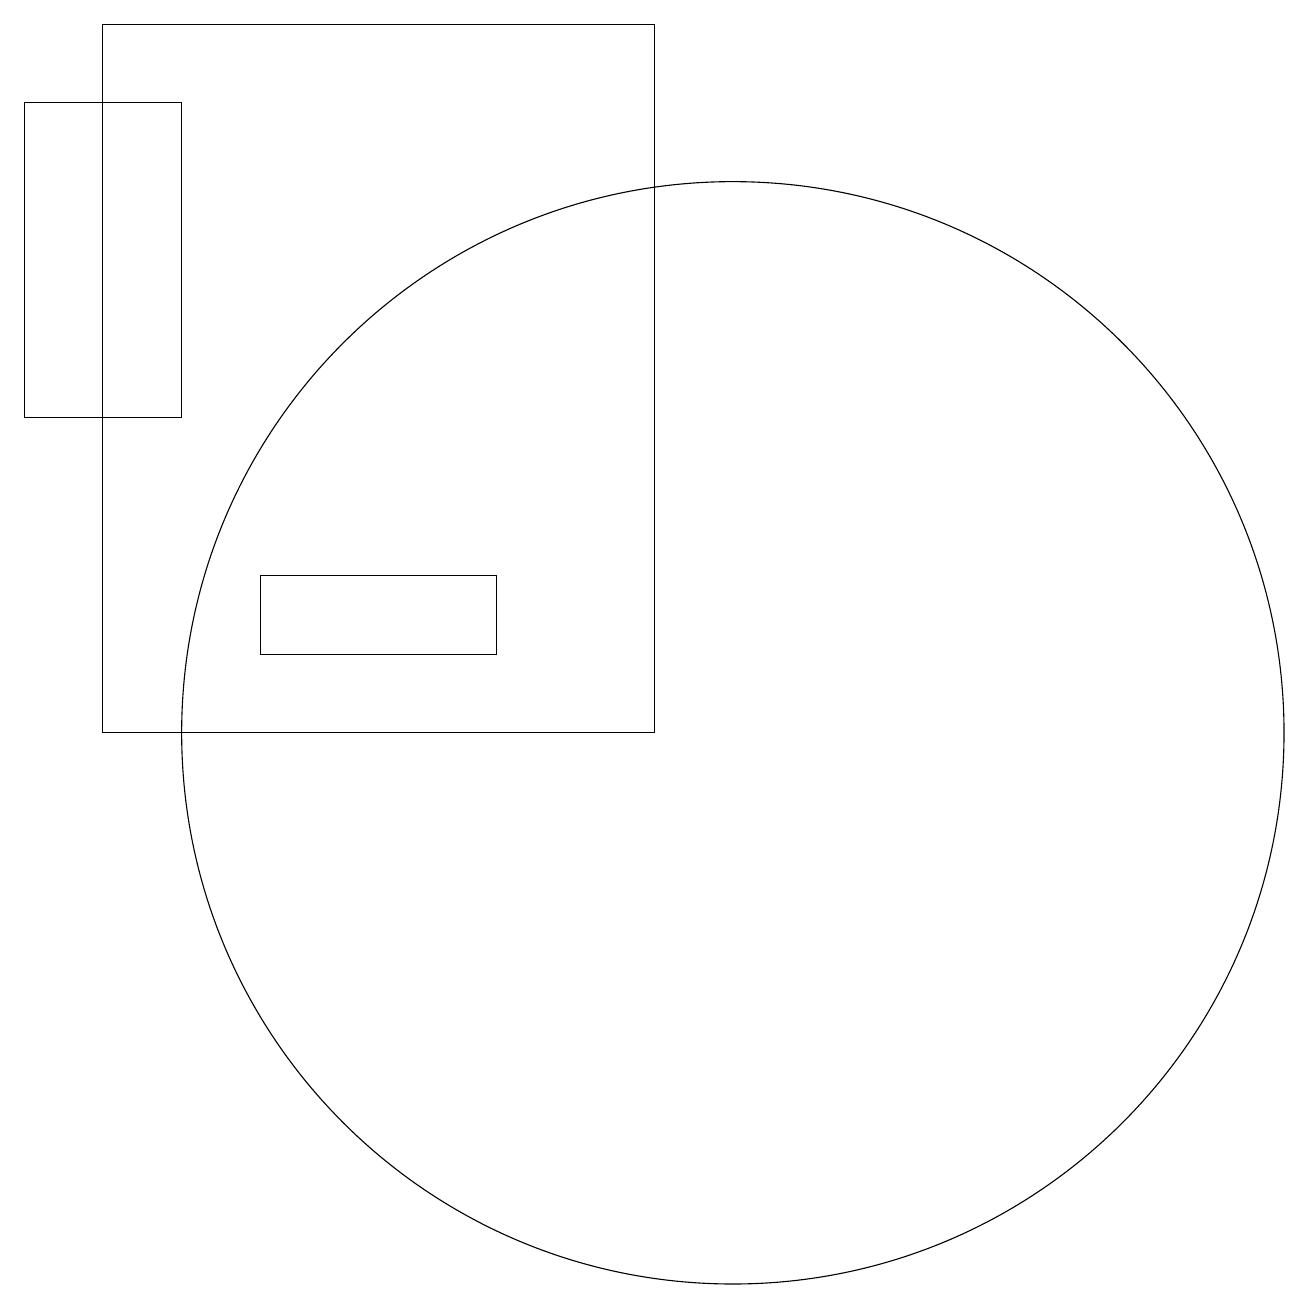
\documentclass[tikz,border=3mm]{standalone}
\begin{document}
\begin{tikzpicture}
\draw (2,19) rectangle (9,10);
\draw (10,10) circle (7);
\draw (4,12) rectangle (7,11);
\draw (3,14) rectangle (1,18);
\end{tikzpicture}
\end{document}